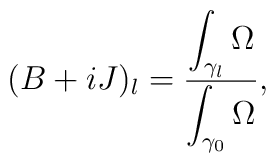
(B+iJ)_l = \frac{\displaystyle\int_{\gamma_l}\Omega}	{\displaystyle\int_{\gamma_0}\Omega},